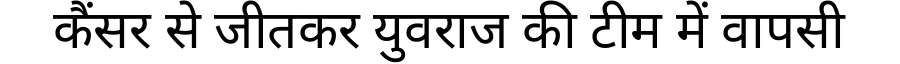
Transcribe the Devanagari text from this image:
कैंसर से जीतकर युवराज की टीम में वापसी